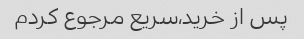
پس از خرید،سریع مرجوع کردم